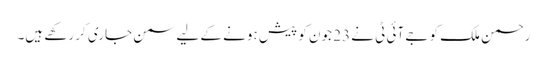
رحمن ملک کو جے آئی ٹی نے 23 جون کو پیش ہونے کے لیے سمن جاری کر رکھے ہیں۔